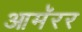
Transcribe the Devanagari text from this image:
आमॅरर